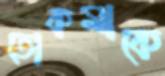
তোকমাকে